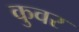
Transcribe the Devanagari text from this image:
कुवर